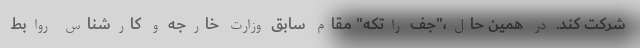
شرکت کند. در همین حال،"جف راتکه" مقام سابق وزارت خارجه و کارشناس روابط